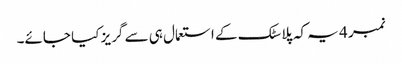
نمبر 4 یہ کہ پلاسٹک کے استعمال ہی سے گریز کیا جائے۔